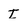
Character: I